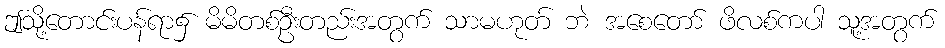
ဤသို့တောင်းပန်ရာ၌ မိမိတစ်ဦးတည်းအတွက် သာမဟုတ် ဘဲ အစေတော် ဖိလစ်ကပါ သူ့အတွက်